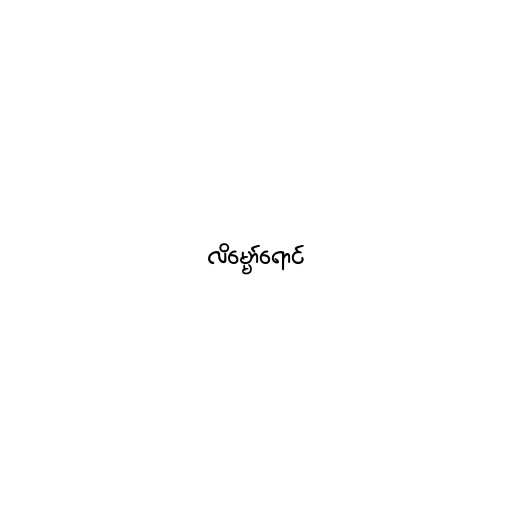
လိမ္မော်ရောင်